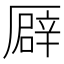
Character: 𠪮